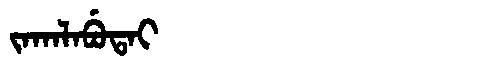
Manchu: ᠵᠠᡴᠠᠯᠠᠪᡠᡨᠠᡳ
Romanization: JAKALABUTAI